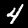
Digit: 4